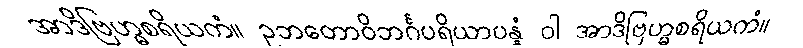
အာဒိဗြဟ္မစရိယကံ။ ဥဘတောဝိဘင်္ဂပရိယာပန္နံ ဝါ အာဒိဗြဟ္မစရိယကံ။